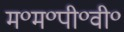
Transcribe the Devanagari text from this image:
म॰म॰पी॰वी॰